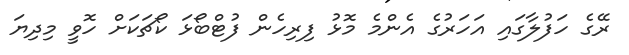
ރޭގެ ހަފުލާގައި އަހަރުގެ އެންމެ މޮޅު ފިރިހެން ފުޓްބޯޅަ ކޯޗަކަށް ހޮވީ މިދިޔަ